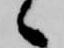
候